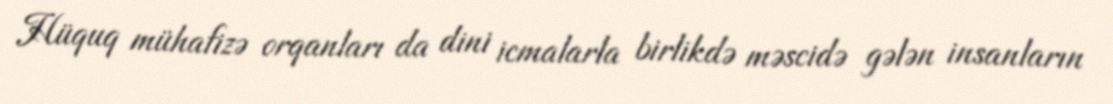
Hüquq mühafizə orqanları da dini icmalarla birlikdə məscidə gələn insanların